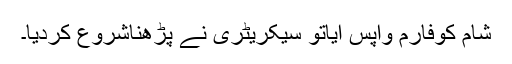
شام کوفارم واپس آیاتو سیکریٹری نے پڑھناشروع کردیا۔